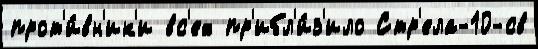
прот'и́вн'ик'и вс'ех пр'ибл'и́з'ило Стр'ела-10-св